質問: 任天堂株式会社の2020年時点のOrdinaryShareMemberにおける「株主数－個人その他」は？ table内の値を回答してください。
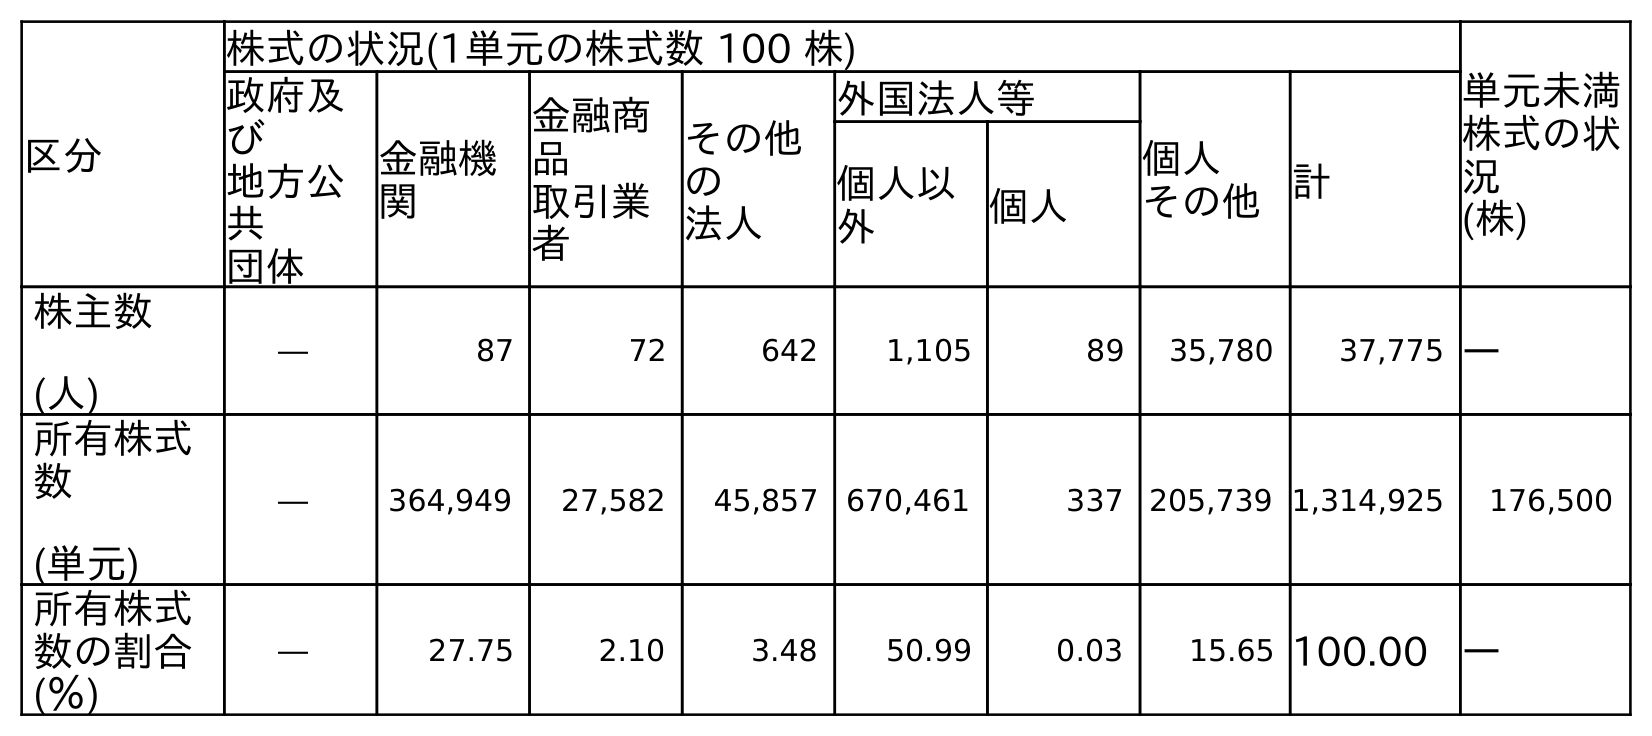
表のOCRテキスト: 区分 株式の状況(1単元の株式数 100 株) 単元未満 株式の状 況 (株) 政府及 び 地方公 共 団体 金融機 関 金融商 品 取引業 者 その他 の 法人 外国法人等 個人 その他計 個人以 外 個人 株主数 (人) ― 87 72 642 1,105 89 35,780 37,775 ― 所有株式 数 (単元) ― 364,949 27,582 45,857 670,461 337 205,739 1,314,925 176,500 所有株式 数の割合 (％) ― 27.75 2.10 3.48 50.99 0.03 15.65 100.00 ―
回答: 35,780